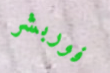
فوربشر